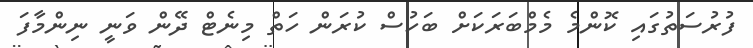
ފުރުސަތުގައި ކޮންމެ މެމްބަރަކަށް ބަހުސް ކުރަން ހަތް މިނެޓް ދޭން ވަނީ ނިންމާފަ